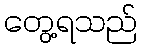
တွေ့ရသည်